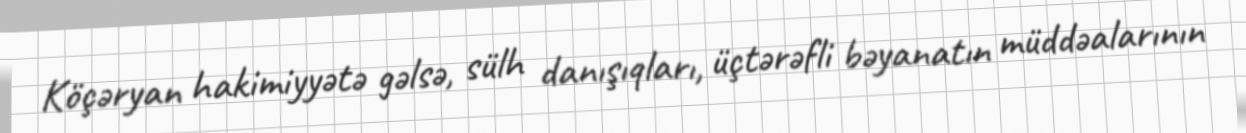
Köçəryan hakimiyyətə gəlsə, sülh danışıqları, üçtərəfli bəyanatın müddəalarının